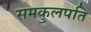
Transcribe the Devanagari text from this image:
समकुलपति